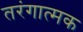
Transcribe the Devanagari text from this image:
तरंगात्मक